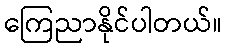
ကြေညာနိုင်ပါတယ်။